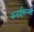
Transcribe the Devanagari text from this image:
कन्हईसारखी